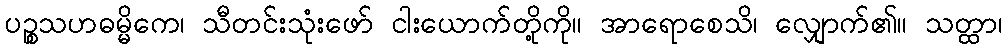
ပဉ္စသဟဓမ္မိကေ၊ သီတင်းသုံးဖော် ငါးယောက်တို့ကို။ အာရောစေသိ၊ လျှောက်၏။ သတ္ထာ၊